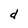
Character: d